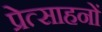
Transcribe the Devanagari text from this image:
प्रेत्साहनों